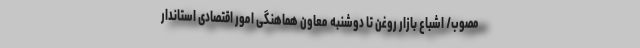
مصوب/ اشباع بازار روغن تا دوشنبه معاون هماهنگی امور اقتصادی استاندار